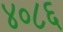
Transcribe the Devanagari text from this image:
४०८६